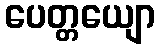
ပေတ္တယျော